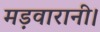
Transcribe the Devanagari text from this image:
मड़वारानी।